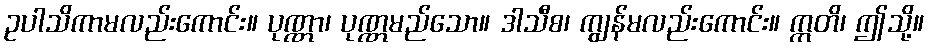
ဥပါသိကာမလည်းကောင်း။ ပုဏ္ဏာ၊ ပုဏ္ဏမည်သော။ ဒါသီစ၊ ကျွန်မလည်းကောင်း။ ဣတိ၊ ဤသို့။